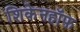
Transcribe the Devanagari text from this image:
शिकेनहॉफ